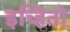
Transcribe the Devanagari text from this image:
इच्हितो